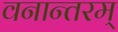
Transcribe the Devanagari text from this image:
वनान्तरम्